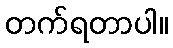
တက်ရတာပါ။